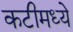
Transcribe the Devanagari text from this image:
कटीमध्ये